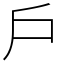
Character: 戶